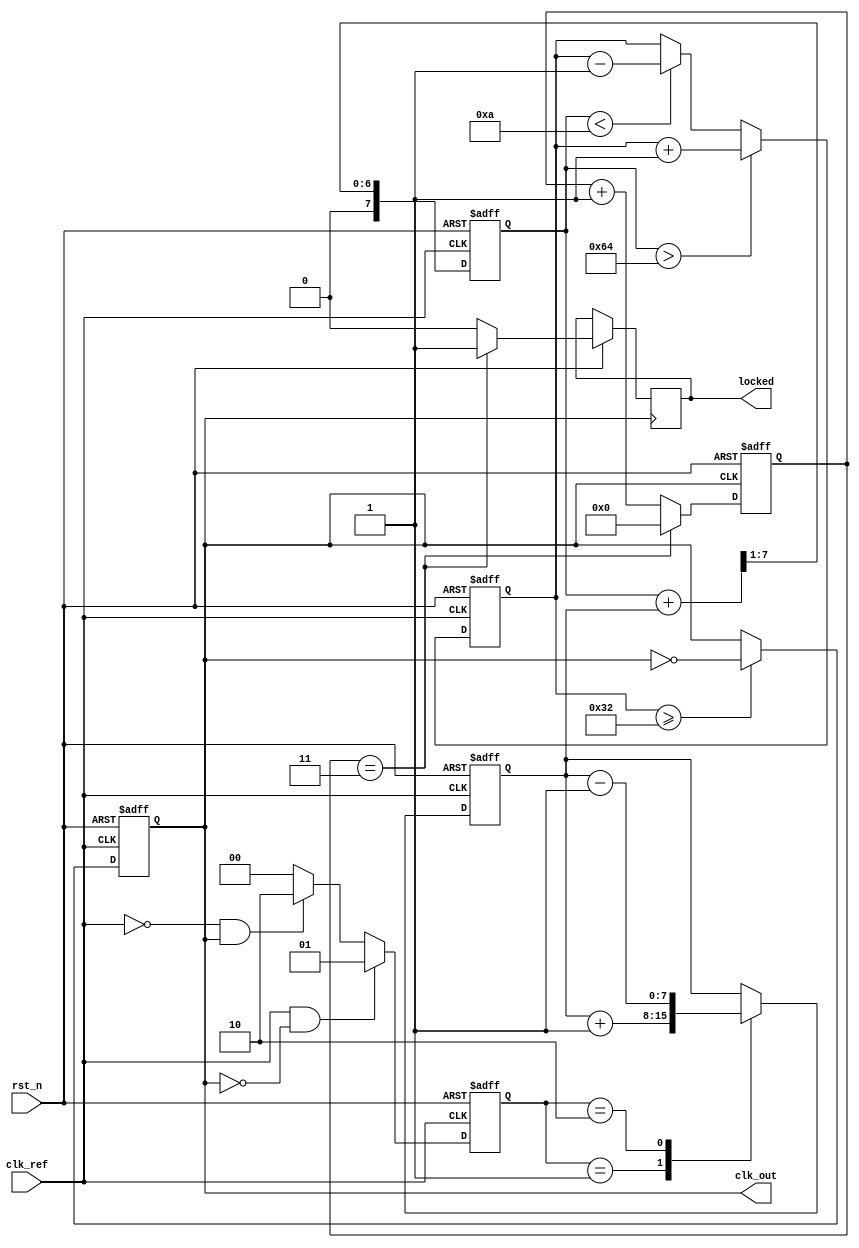
module low_jitter_pll (
    input wire clk_ref,          // Reference clock input
    input wire rst_n,           // Active low reset
    output wire clk_out,        // Output clock
    output wire locked          // Lock indicator
);

    // Parameters
    parameter N = 4;            // Feedback divider ratio
    parameter VCO_MAX_FREQ = 100; // Max VCO frequency (arbitrary units)
    parameter VCO_MIN_FREQ = 10;  // Min VCO frequency (arbitrary units)

    // Internal signals
    reg [1:0] phase_err;        // Phase error from PFD
    reg [7:0] control_voltage;   // Control voltage for VCO
    reg vco_clk;                // VCO output clock
    reg [3:0] vco_counter;      // VCO frequency divider
    reg locked_reg;             // Lock status

    // Phase Frequency Detector (PFD)
    always @(posedge clk_ref or negedge rst_n) begin
        if (!rst_n) begin
            phase_err <= 2'b00;
        end else begin
            // PFD logic (simplified)
            // Compare clk_ref and feedback clk (vco_clk)
            if (clk_ref && !vco_clk) begin
                phase_err <= 2'b01; // clk_ref leading
            end else if (!clk_ref && vco_clk) begin
                phase_err <= 2'b10; // vco_clk leading
            end else begin
                phase_err <= 2'b00; // no phase error
            end
        end
    end

    // Charge Pump (CP)
    always @(posedge clk_ref or negedge rst_n) begin
        if (!rst_n) begin
            control_voltage <= 8'b0;
        end else begin
            case (phase_err)
                2'b01: control_voltage <= control_voltage + 1; // Increase voltage
                2'b10: control_voltage <= control_voltage - 1; // Decrease voltage
                default: control_voltage <= control_voltage;    // Hold
            endcase
        end
    end

    // Loop Filter (simple first-order)
    reg [7:0] filtered_voltage;
    always @(posedge clk_ref or negedge rst_n) begin
        if (!rst_n) begin
            filtered_voltage <= 8'b0;
        end else begin
            filtered_voltage <= (filtered_voltage + control_voltage) >> 1; // Simple averaging
        end
    end

    // Voltage-Controlled Oscillator (VCO)
    always @(posedge clk_ref or negedge rst_n) begin
        if (!rst_n) begin
            vco_counter <= 4'b0;
            vco_clk <= 0;
        end else begin
            // VCO frequency control based on filtered voltage
            if (filtered_voltage > VCO_MAX_FREQ) begin
                vco_counter <= vco_counter + 1;
            end else if (filtered_voltage < VCO_MIN_FREQ) begin
                vco_counter <= vco_counter - 1;
            end
            
            // Generate VCO clock based on counter
            if (vco_counter >= (VCO_MAX_FREQ / 2)) begin
                vco_clk <= ~vco_clk; // Toggle VCO clock
            end
        end
    end

    // Feedback Divider
    reg [N-1:0] feedback_counter;
    always @(posedge vco_clk or negedge rst_n) begin
        if (!rst_n) begin
            feedback_counter <= 0;
        end else begin
            if (feedback_counter == N-1) begin
                feedback_counter <= 0;
                locked_reg <= 1; // Indicate locked state
            end else begin
                feedback_counter <= feedback_counter + 1;
                locked_reg <= 0; // Not locked yet
            end
        end
    end

    // Output Buffer
    assign clk_out = vco_clk; // Output clock
    assign locked = locked_reg; // Lock status

endmodule